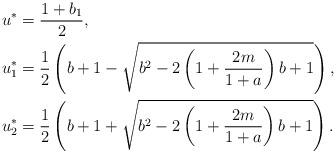
LaTeX: \begin{align*} &u^*=\frac{1+b_1}{2},\\ &u_{1}^{*}=\frac{1}{2}\left(b+1-\sqrt{b^{2}-2\left(1+\frac{2 m}{1+a}\right) b+1}\right),\\ &u_{2}^{*}=\frac{1}{2}\left(b+1+\sqrt{b^{2}-2\left(1+\frac{2 m}{1+a}\right) b+1}\right).\end{align*}